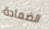
الضمادة